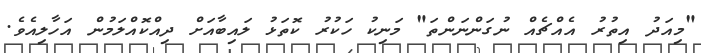
"މިއަދު އިތުރު އެއްޗެއް ނުގަންނަންތަ" މަނިކު ހަކުރު ކޮތަޅު ލައިބާއަށް ދިއްކޮއްލަމުން އަހާލިއެވެ.